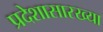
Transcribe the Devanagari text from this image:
प्रदेशासारख्या